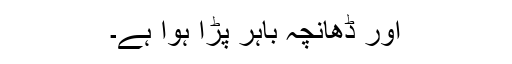
اور ڈھانچہ باہر پڑا ہوا ہے۔